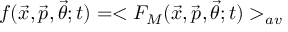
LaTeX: f ( { \vec { x } } , { \vec { p } } , { \vec { \theta } } ; t ) = < F _ { M } ( { \vec { x } } , { \vec { p } } , { \vec { \theta } } ; t ) > _ { a v }